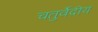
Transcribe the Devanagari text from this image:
चतुर्वेदीय